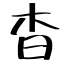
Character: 杳